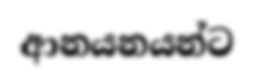
ආනයනයන්ට